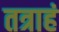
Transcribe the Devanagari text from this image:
तत्राहं